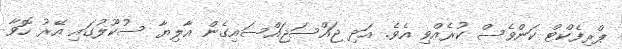
ޕްރިފެކްޓް ކަންވެސް ކުރެއްވި އެވެ. އަދި ޖައްސަޖައްސައިގެން އާލިޔާ ސުކޫލުގައި އޭރު ހޮވާ